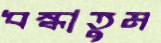
ধস্‌কাতুম